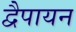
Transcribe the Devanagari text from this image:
द्वेैपायन